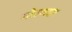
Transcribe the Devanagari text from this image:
मोरणदार